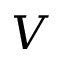
V